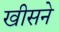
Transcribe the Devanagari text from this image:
खीसने